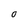
Character: O